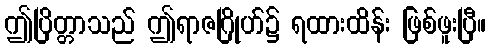
ဤပြိတ္တာသည် ဤရာဇဂြိုဟ်၌ ရထားထိန်း ဖြစ်ဖူးပြီ။